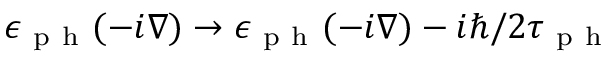
\epsilon _ { \mathrm { ~ p ~ h ~ } } ( - i \boldsymbol { \nabla } ) \to \epsilon _ { \mathrm { ~ p ~ h ~ } } ( - i \boldsymbol { \nabla } ) - i \hbar / 2 \tau _ { \mathrm { ~ p ~ h ~ } }